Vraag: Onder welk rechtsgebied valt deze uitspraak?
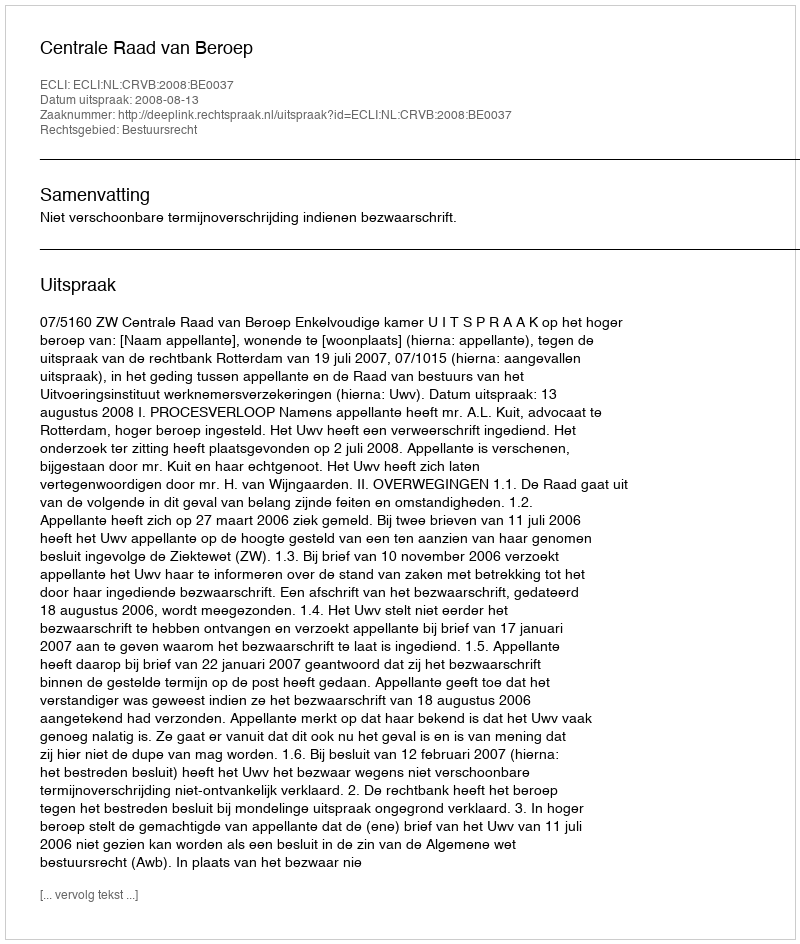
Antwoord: Bestuursrecht